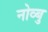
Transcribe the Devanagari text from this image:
नोव्बु